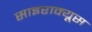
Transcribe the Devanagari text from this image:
साइराक्यूस